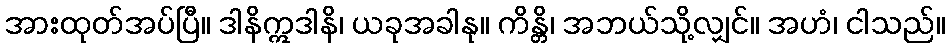
အားထုတ်အပ်ပြီ။ ဒါနိဣဒါနိ၊ ယခုအခါနု။ ကိန္တိ၊ အဘယ်သို့လျှင်။ အဟံ၊ ငါသည်။